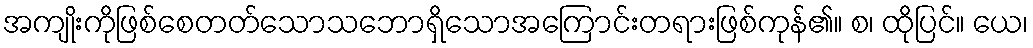
အကျိုးကိုဖြစ်စေတတ်သောသဘောရှိသောအကြောင်းတရားဖြစ်ကုန်၏။ စ၊ ထိုပြင်။ ယေ၊